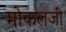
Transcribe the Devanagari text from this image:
मोकलजी